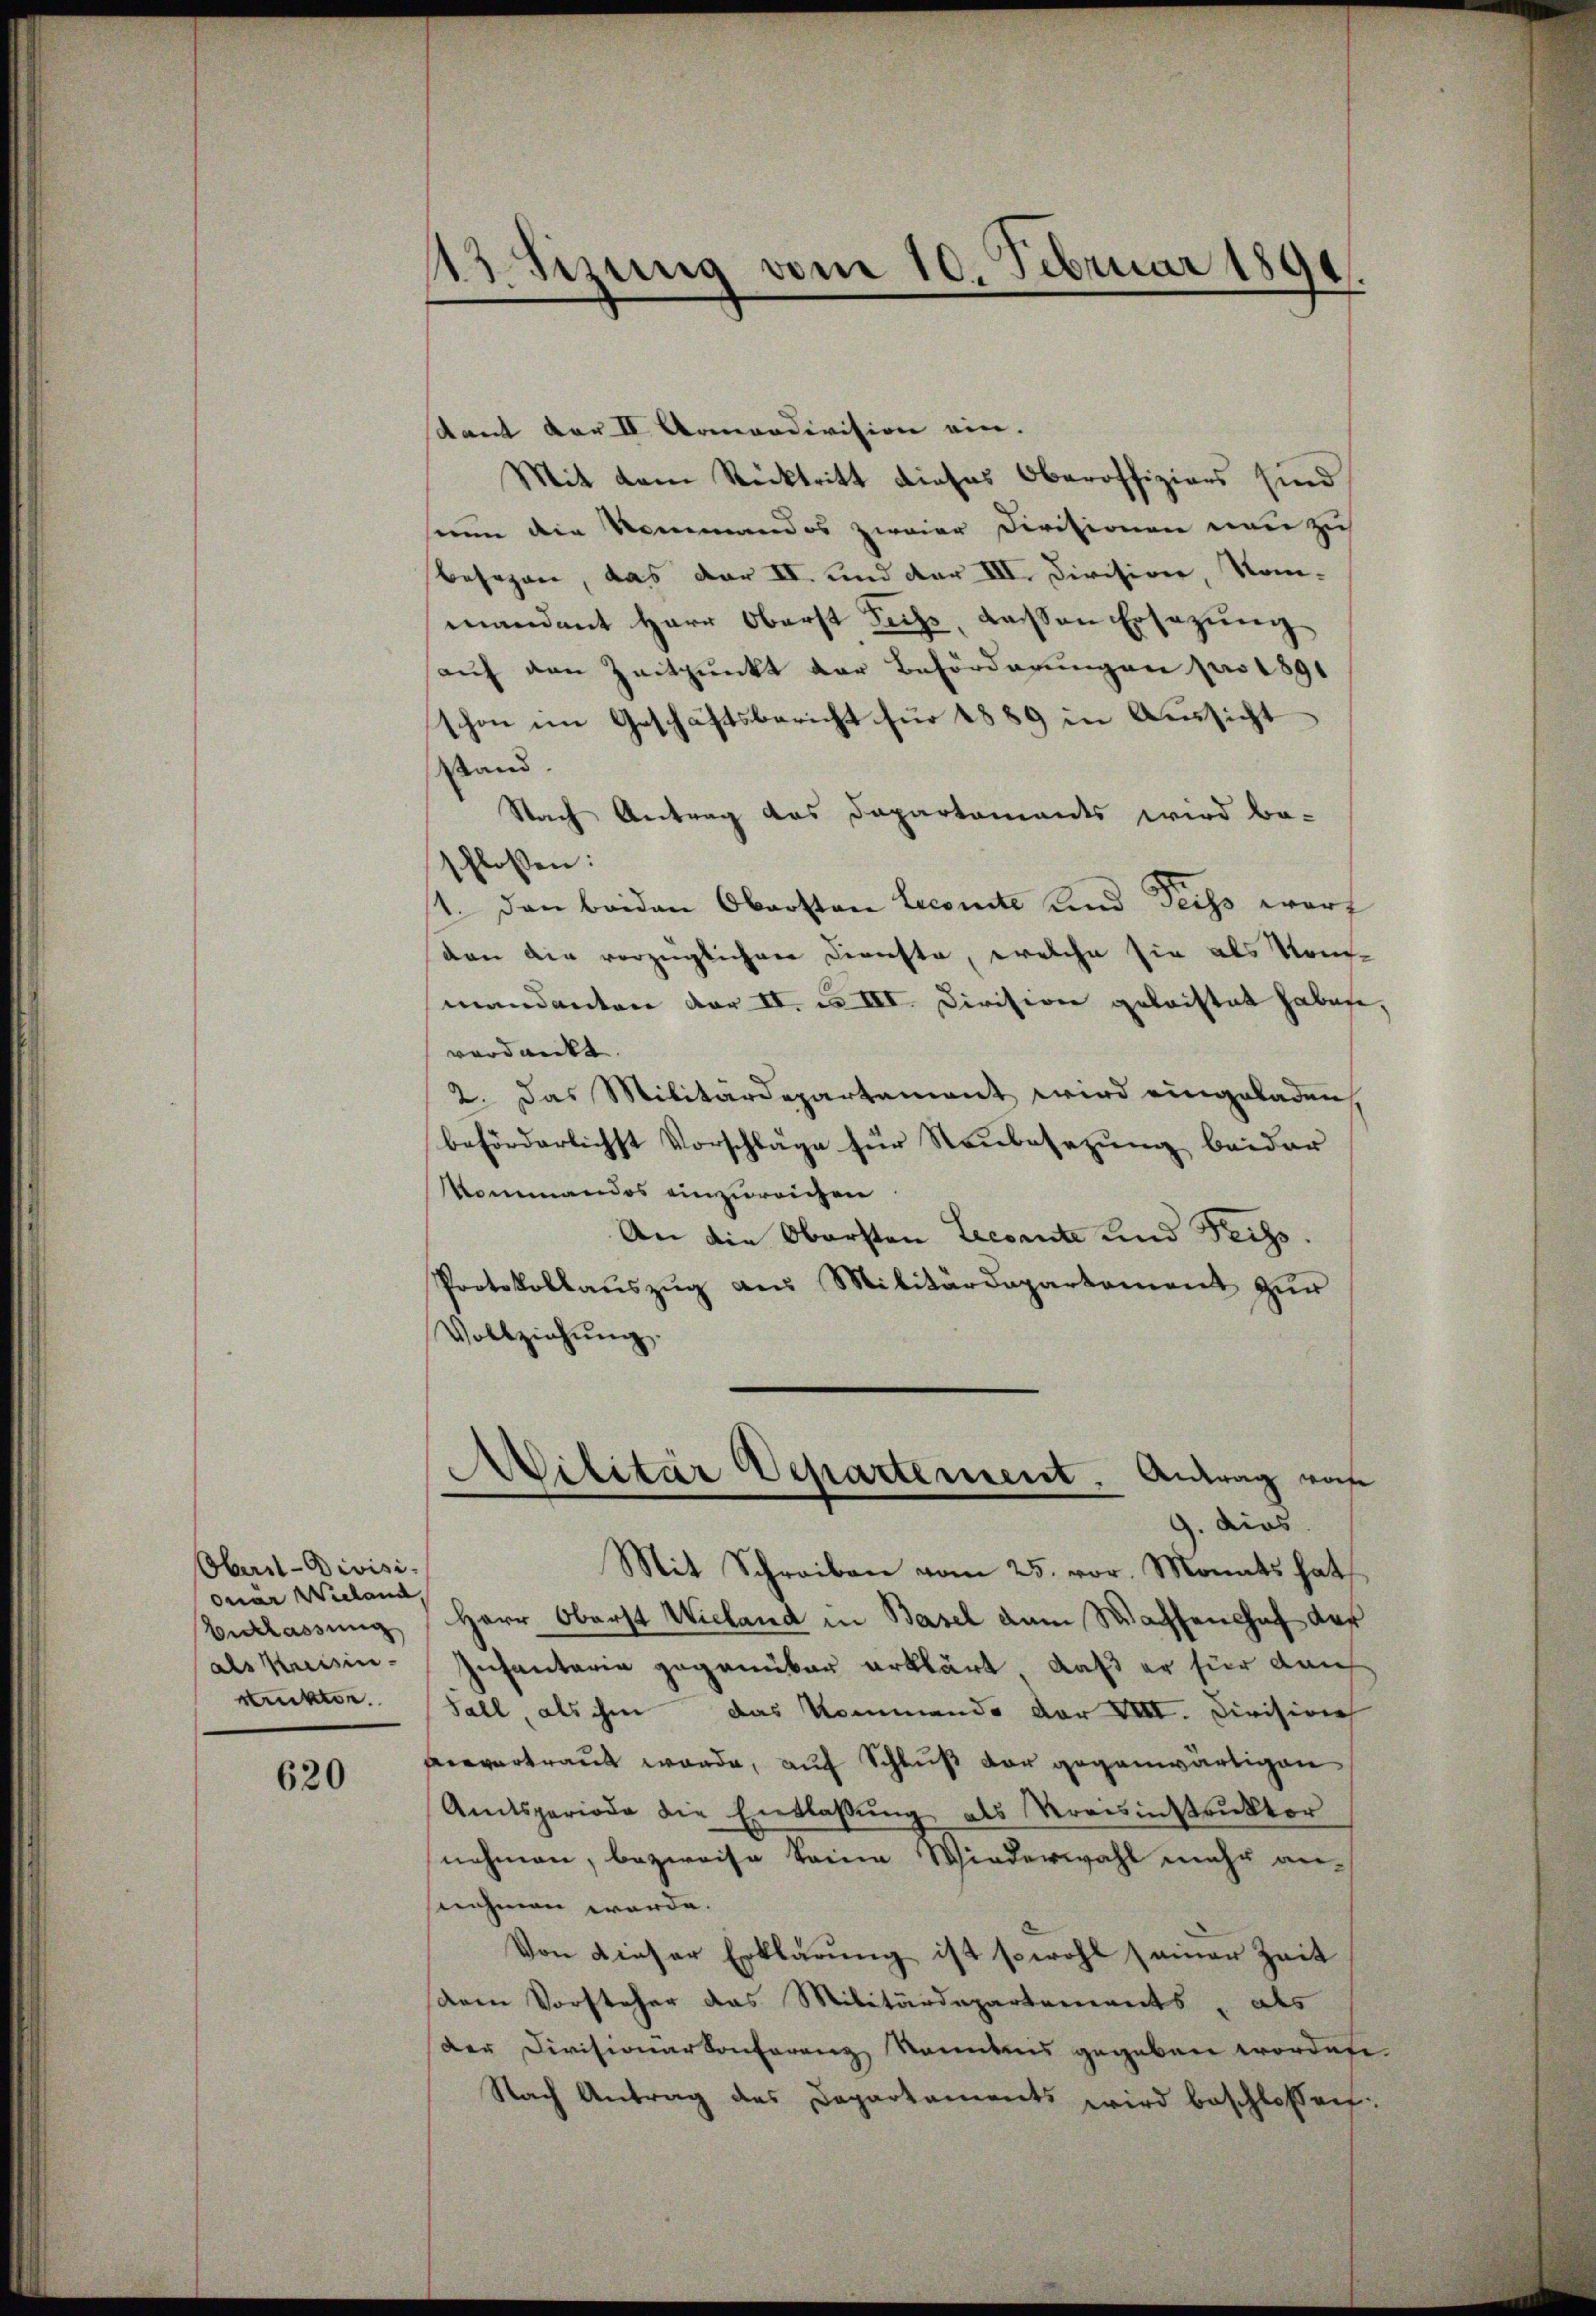
Oberal-Divisiquar Wieland,
Belassung
als Kreisinrunken.

620

113. Sizung vom 10. Februar 1891

dant vor II Armandivision ein.
Mit dem Rücktritt dieses Oberoffizions sind
sinn die Normandos zweier Divisionen neu zu
besagen, das dar II. und der III. Dircsiver, Kommandant Herr Oberst Sichs, dassen Ersezung
auf den Zeitpunkt der Beförderungen pro 1891
schon im Geschäftsbericht für 1889 in Aussicht
stand.
Nach Antrag das Dapartaments wird be-
sflossen: |
1. Den beiden Obersten Lecomite und Geiss warf
den die vorzüglichere Dienste, welche sie als Kom-
mandanten der II. u. III. Division geleistet habe,
verdankt.
2. Das Militärdepartement wird eingeladen,
beförderlichst Vorschläge für Neubesezung beider
Kommandos einzureichen
An die Obersten Lecsante und Teigs.
Protokollaŭszŭg aŭs Militärdepartement zŭr
Vollziehŭng.
Militär Departement. Antrag von
9. dies
Mit Schreiben vom 25. vor. Monats hat
Herr Oberst Wieland in Basel dem Wachsenshof das
Infantaria gegenüber erklärt, daß er für dan
Fall, als ihm das Kommando der VIII. Civision
veevertraut werde, auf Schluß der gegenwärtigen
Amtsperiode die Entlassŭng als Veransinstruktor
nehmen, bezweife keine Wiederwahl mehr annehmen werde.
Von dieser Erklärung ist sowohl seiner Zeit
dem Vorsteher das Militärdepartements, als
Der Divisionarkonferenz Kenntnis gegeben wordete.
Nach Antrag des Departements wird beschlossen: